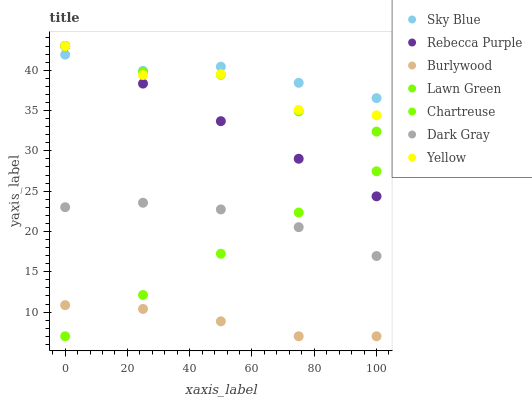
| xaxis_label | Sky Blue | Rebecca Purple | Burlywood | Lawn Green | Chartreuse | Dark Gray | Yellow |
 | --- | --- | --- | --- | --- | --- | --- | --- |
 | 0 | 41.9 | 43 | 10.9 | 43 | 7 | 23 | 43 |
 | 25 | 39.9 | 38.3 | 10.4 | 39.8 | 12.1 | 23.6 | 39.4 |
 | 50 | 40.4 | 33.7 | 8.85 | 39.4 | 17.2 | 22.7 | 39.5 |
 | 75 | 38.4 | 29 | 7 | 34.9 | 22.3 | 20.5 | 35.1 |
 | 100 | 36.5 | 24.4 | 7 | 32.4 | 27.5 | 17 | 34.4 |